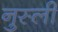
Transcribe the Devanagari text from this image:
नुस्ली